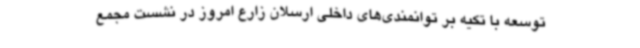
توسعه با تکیه بر توانمندی‌های داخلی ارسلان زارع امروز در نشست مجمع